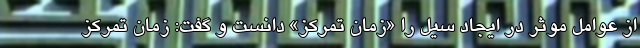
از عوامل موثر در ایجاد سیل را «زمان تمرکز» دانست و گفت: زمان تمرکز